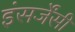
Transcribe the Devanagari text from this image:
इंसर्जेंसी